Annual report on the health of the army in India
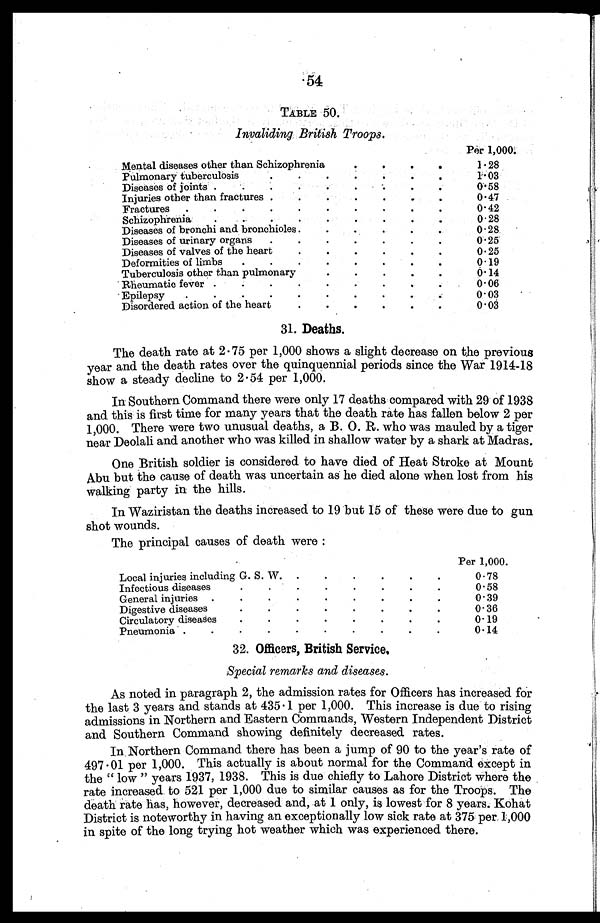
54
TABLE 50.
Invaliding British Troops.
Per 1,000.
Mental diseases other than Schizophrenia
.
.
.
.
1.28
Pulmonary tuberculosis
.
.
.
.
.
.
.
I.03
Diseases of joints .
.
.
.
.
.
.
.
.
0.58
Injuries other than fractures .
.
.
.
.
.
.
0.47
Fractures
.
.
.
.
.
.
.
.
.
.
0.42
Schizophrenia
.
.
.
.
.
.
.
.
.
0.28
Diseases of bronchi and bronchioles.
.
.
.
.
.
0.28
Diseases of urinary organs
.
.
.
.
.
.
.
0.25
Diseases of valves of the heart
.
.
.
.
.
.
0.25
Deformities of limbs
.
.
.
.
.
.
.
.
0.19
Tuberculosis other than pulmonary
.
.
.
.
.
0.14
Rheumatic fever .
.
.
.
.
.
.
.
.
0.06
Epilepsy
.
.
.
.
.
.
.
.
.
0.03
Disordered action of the heart
.
.
.
.
.
.
0.03
31. Deaths.
The death rate at 2.75 per 1,000 shows a slight decrease on the previous
year and the death rates over the quinquennial periods since the War 1914-18
show a steady decline to 2.54 per 1,000.
In Southern Command there were only 17 deaths compared with 29 of 1938
and this is first time for many years that the death rate has fallen below 2 per
1,000. There were two unusual deaths, a B. O. R. who was mauled by a tiger
near Deolali and another who was killed in shallow water by a shark at Madras.
One British soldier is considered to have died of Heat Stroke at Mount
Abu but the cause of death was uncertain as he died alone when lost from his
walking party in the hills.
In Waziristan the deaths increased to 19 but 15 of these were due to gun
shot wounds.
The principal causes of death were :
Per 1,000.
Local injuries including G. S. W.
.
.
.
.
•
•
0.78
Infectious diseases
.
.
.
.
.
.
.
.
0.58
General injuries .
.
.
.
.
.
.
.
.
0.39
Digestive diseases
.
.
.
.
.
.
.
.
0.36
Circulatory diseases
.
.
.
.
.
.
.
.
0. 19
Pneumonia .
.
.
.
.
.
.
.
.
.
0.14
32. Officers, British Service,
Special remarks and diseases.
As noted in paragraph 2, the admission rates for Officers has increased for
the last 3 years and stands at 435.1 per 1,000. This increase is due to rising
admissions in Northern and Eastern Commands, Western Independent District
and Southern Command showing definitely decreased rates.
In . Northern Command there has been a jump of 90 to the year's rate of
497.01 per 1,000. This actually is about normal for the Command except in
the " low " years 1937, 1938. This is due chiefly to Lahore District where the
rate increased to 521 per 1,000 due to similar causes as for the Troops. The
death rate has, however, decreased and, at 1 only, is lowest for 8 years. Kohat
District is noteworthy in having an exceptionally low sick rate at 375 per 1,000
in spite of the long trying hot weather which was experienced there.